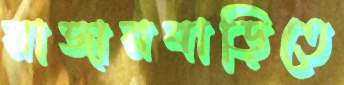
রাজারবাড়িতে